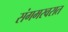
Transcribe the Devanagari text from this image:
संगमरवरात